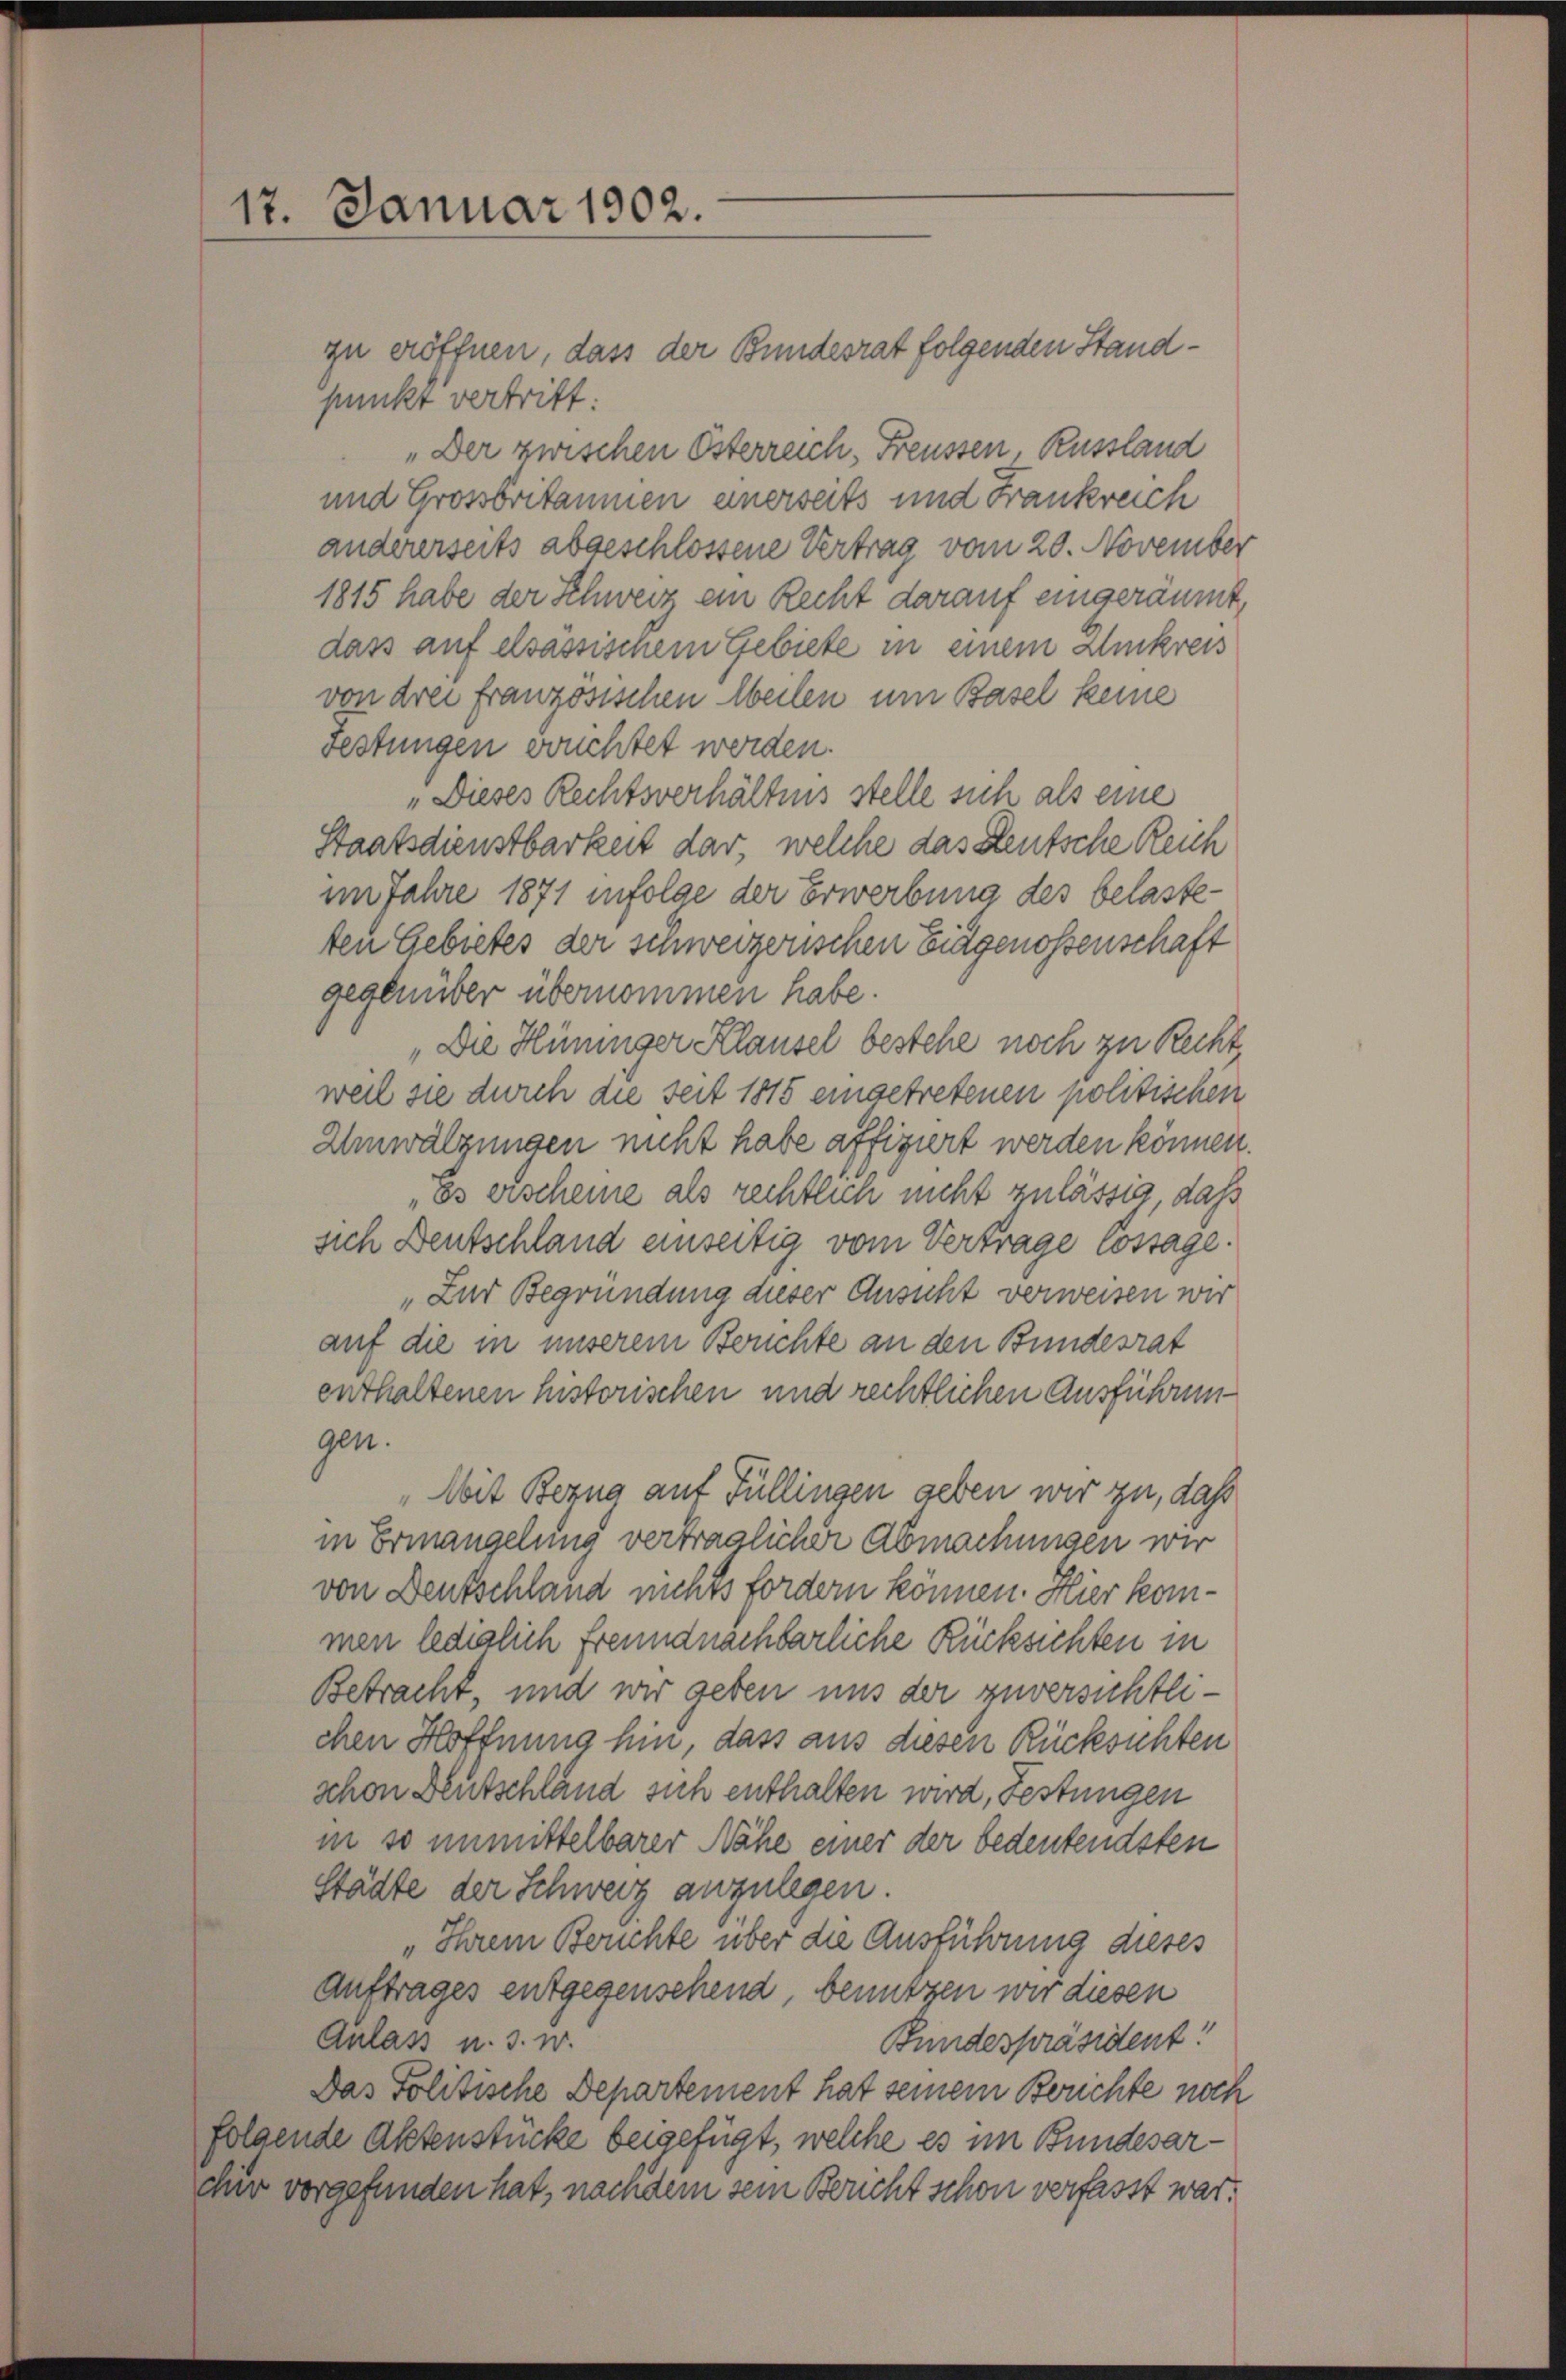
17. Januar 1902.

zu eröffnen, dass der Bundesrat folgenden Standpunkt vertritt:
„Der zwischen Österreich, Freussen, Russland
und Großbritannien einerseits und Frankreich
andererseits abgeschlossene Vertrag vom 20. November
1815 habe der Schweiz ein Recht darauf eingeräumt,
dass auf elsassischem Gebiete in einem Sinkreis
von drei französischen Meilen um Basel keine
Festungen bruchtet werden.
„Dieses Rechtsverhältnis stelle sich als eine
Staatsdienstbarkeit dar, welche das Leutsche Reich
im Jahre 1871 infolge der Erwerbung des belasteten Gebietes der schweizerischen Eidgenossenschaft
gegenüber übernommen habe.
„Die Hüninger Klausel bestehe noch zu Recht
weil sie durch die seit 1815 eingetretenen politischen
Umwälzungen nicht habe affigiert werden können.
„Es erscheine als rechtlich nicht zulässig, daß
sich Deutschland einseitig vom Vertrage costage.
„Zur Begründung dieser Ansicht verweisen wir
auf die in unserem Berichte an den Bundesrat
enthaltenen historischen und rechtlichen Ausführungen.
„Mit Bezug auf Füllingen geben wir zu, dass
in Ermangelung vertraglicher Abmachungen wir
von Deutschland nichts fordern können. Hier kommen lediglich freundnachbarliche Rücksichten in
Betracht, und wir geben uns der zuversichtlichen Hoffnung hin, dass aus diesen Rücksichten
schon Deutschländ sich enthalten wird, Festungen
in so unmittelbarer Nähe einer der bedeutendsten
Städte der Schweiz anzulegen.
„Ihrem Berichte über die Ausführung dieses
Auftrages entgegenschend, benutzen wir diesen
Anlass u. s. w.
Bundespräsident!
Das Politische Departement hat seinem Berichte noch
folgende Aktenstücke beigefügt, welche es im Bundesarfür vorgefunden hat, nachdem sein Bericht schon verfasst war.